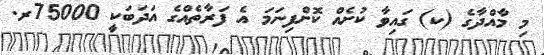
މި މާއްދާގެ (ކ) ގައިވާ ކުށެއް ކޮށްފިނަމަ އެ ފަރާތެއްގެ އަދަބަކީ 75000ރ.